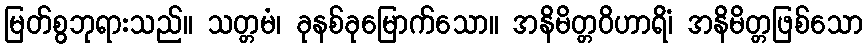
မြတ်စွဘုရားသည်။ သတ္တမံ၊ ခုနစ်ခုမြောက်သော။ အနိမိတ္တဝိဟာရိံ၊ အနိမိတ္တဖြစ်သော